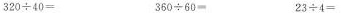
20÷40= 360÷60= 23÷4=